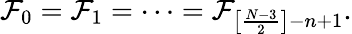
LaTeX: {\cal F}_{0}={\cal F}_{1}=\cdots={\cal F}_{\left[\frac{N-3}{2}\right]-n+1}.